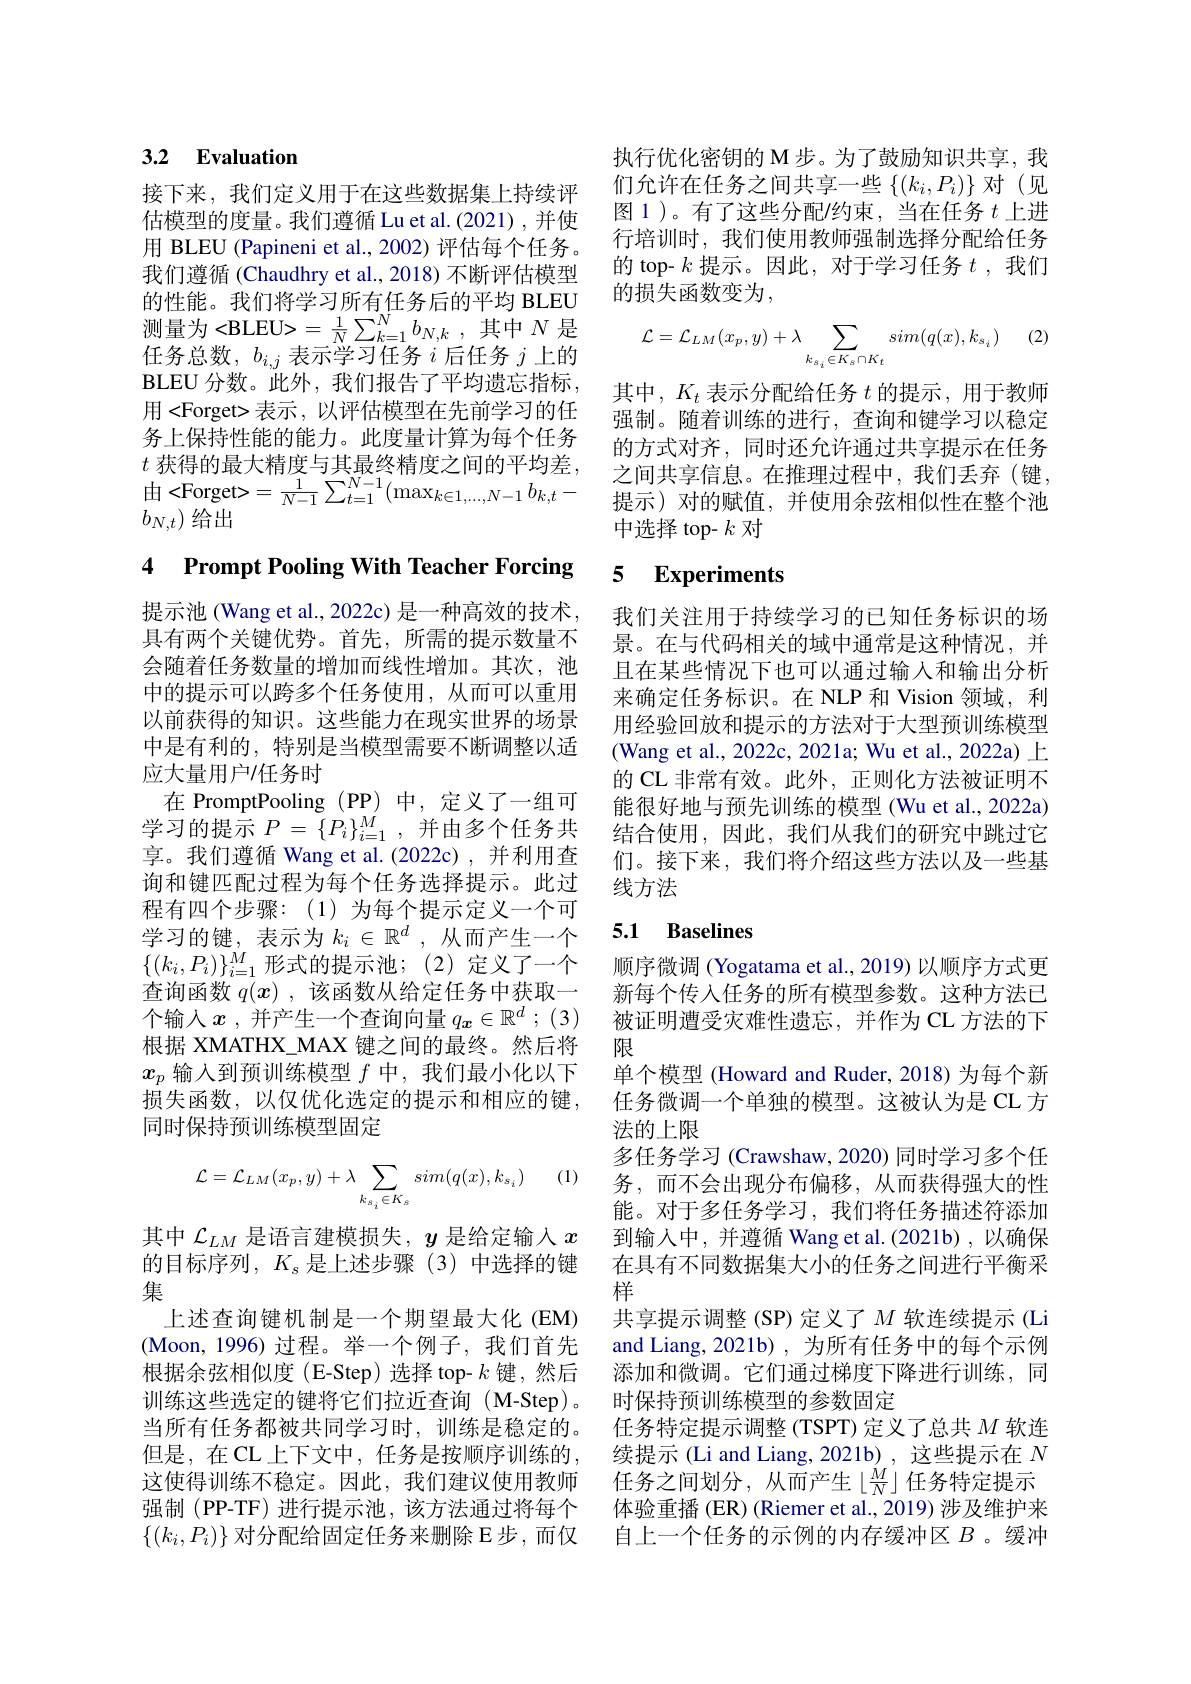
## 3.2 Evaluation

接下来，我们定义用于在这些数据集上持续评估模型的度量。我们遵循 Lu et al.(2021),并使用 BLEU (Papineni et al., 2002) 评估每个任务。我们遵循 (Chaudhry et al., 2018) 不断评估模型的性能。我们将学习所有任务后的平均 BLEU 测量为<BLEU>=$\frac 1N\sum _{k= 1}^{N}b_{N, k}$ , $其 中$ $N$ $是$ 任务总数，$b_i,j$表示学习任务$i$后任务$j$上的BLEU 分数。此外，我们报告了平均遗忘指标， 用<Forget>表示，以评估模型在先前学习的任务上保持性能的能力。此度量计算为每个任务
$b_{N,t})$给出

# 4 Prompt Pooling With Teacher Forcing

提示池 (Wang et al., 2022c) 是一种高效的技术， 具有两个关键优势。首先，所需的提示数量不会随着任务数量的增加而线性增加。其次，池中的提示可以跨多个任务使用，从而可以重用以前获得的知识。这些能力在现实世界的场景中是有利的，特别是当模型需要不断调整以适应大量用户/任务时
在 PromptPooling (PP)中，定义了一组可学习的提示$P=\{P_i\}_{i=1}^M$,并由多个任务共享。我们遵循 Wang et al.(2022c),并利用查询和键匹配过程为每个任务选择提示。此过程有四个步骤：(1)为每个提示定义一个可学习的键，表示为$k_i\in\mathbb{R}^d$ ,从而产生一个$\{(k_i,P_i)\}_{i=1}^M$形式的提示池；(2)定义了一个查询函数$q(x)$ ,该函数从给定任务中获取一个输入$x$ ,并产生一个查询向量$q_{\boldsymbol{x}}\in\mathbb{R}^d$ ; (3) 根据 XMATHX\_MAX 键之间的最终。然后将$x_p$输入到预训练模型$f$中，我们最小化以下损失函数，以仅优化选定的提示和相应的键， 同时保持预训练模型固定

(1)
$$\mathcal{L}=\mathcal{L}_{LM}(x_p,y)+\lambda\sum_{k_{s_i}\in K_s}sim(q(x),k_{s_i})$$
其中$\mathcal{L}_{LM}$是语言建模损失，$y$是给定输入$x$ 的目标序列，$K_s$是上述步骤(3)中选择的键集
上述查询键机制是一个期望最大化(EM) (Moon,1996)过程。举一个例子，我们首先根据余弦相似度(E-Step)选择 top- $k$键，然后训练这些选定的键将它们拉近查询(M-Step)。当所有任务都被共同学习时，训练是稳定的。但是，在CL上下文中，任务是按顺序训练的， 这使得训练不稳定。因此，我们建议使用教师$\left\{(k_i,P_i)\right\}$对分配给固定任务来删除E步，而仅

执行优化密钥的 M 步。为了鼓励知识共享，我们允许在任务之间共享一些$\left\{(k_i,P_i)\right\}$对(见图 1 )。有了这些分配/约束，当在任务$t$上进行培训时，我们使用教师强制选择分配给任务的 top- $k$提示。因此，对于学习任务$t$ ,我们的损失函数变为，

(2)
$$\mathcal{L}=\mathcal{L}_{LM}(x_p,y)+\lambda\sum_{k_{s_i}\in K_s\cap K_t}sim(q(x),k_{s_i})$$
其中，$K_t$表示分配给任务$t$的提示，用于教师强制。随着训练的进行，查询和键学习以稳定的方式对齐，同时还允许通过共享提示在任务中选择 top- $k$对

## 5 Experiments

我们关注用于持续学习的已知任务标识的场景。在与代码相关的域中通常是这种情况，并且在某些情况下也可以通过输入和输出分析来确定任务标识。在 NLP 和 Vision 领域，利用经验回放和提示的方法对于大型预训练模型(Wang et al., 2022c, 2021a; Wu et al., 2022a) 上的 CL 非常有效。此外，正则化方法被证明不能很好地与预先训练的模型 (Wu et al., 2022a) 结合使用，因此，我们从我们的研究中跳过它们。接下来，我们将介绍这些方法以及一些基线方法

# 5.1 Baselines

顺序微调 (Yogatama et al., 2019) 以顺序方式更新每个传入任务的所有模型参数。这种方法已被证明遭受灾难性遗忘，并作为 CL 方法的下限
单个模型 (Howard and Ruder, 2018) 为每个新任务微调一个单独的模型。这被认为是 CL 方法的上限
多任务学习 (Crawshaw, 2020) 同时学习多个任务，而不会出现分布偏移，从而获得强大的性能。对于多任务学习，我们将任务描述符添加到输入中，并遵循 Wang et al.(2021b),以确保在具有不同数据集大小的任务之间进行平衡采样
共享提示调整 (SP) 定义了$M$ 软连续提示 (Li and Liang, 2021b) , 为所有任务中的每个示例添加和微调。它们通过梯度下降进行训练，同时保持预训练模型的参数固定
任务特定提示调整 (TSPT) 定义了总共$M$软连续提示 (Li and Liang, 2021b), 这些提示在$N$ 任务之间划分，从而产生$\left\lfloor\frac MN\right\rfloor$任务特定提示
强制 (PP-TF) 进行提示池，该方法通过将每个 体验重播 (ER) (Riemer et al., 2019) 涉及维护来
自上一个任务的示例的内存缓冲区$B$ 。缓冲